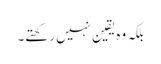
بلکہ وہ یقین نہیں رکھتے۔